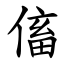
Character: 傗